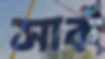
সার্ক